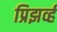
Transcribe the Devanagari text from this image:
प्रिझर्व्ह